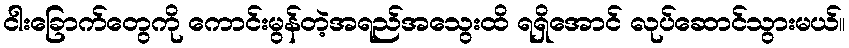
ငါးခြောက်တွေကို ကောင်းမွန်တဲ့အရည်အသွေးထိ ရရှိအောင် လုပ်ဆောင်သွားမယ်။